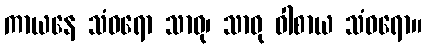
ကာယနေ သံဝရော သာဓု၊ သာဓု ဝါစာယ သံဝရော။